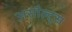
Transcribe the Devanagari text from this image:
असौल्ट्स